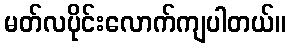
မတ်လပိုင်းလောက်ကျပါတယ်။